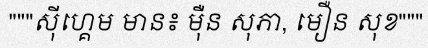
"""ស៊ីហ្គេម មាន៖ ម៉ឺន សុភា, មឿន សុខ"""